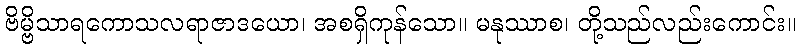
ဗိမ္ဗိသာရကောသလရာဇာဒယော၊ အစရှိကုန်သော။ မနုဿာစ၊ တို့သည်လည်းကောင်း။